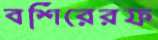
বশিরেরফ